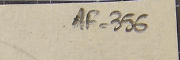
AF-356